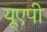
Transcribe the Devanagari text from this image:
यूएपी